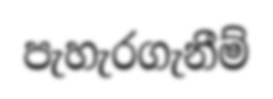
පැහැරගැනීම්